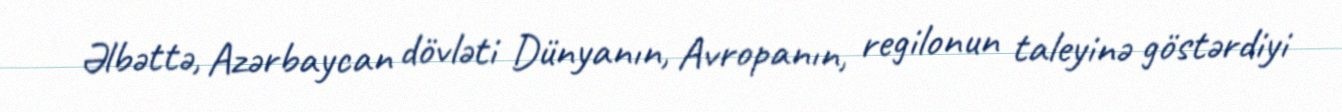
Əlbəttə, Azərbaycan dövləti Dünyanın, Avropanın, regilonun taleyinə göstərdiyi